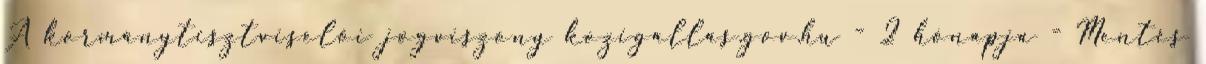
A kormánytisztviselői jogviszony kozigallas.gov.hu - 2 hónapja - Mentés